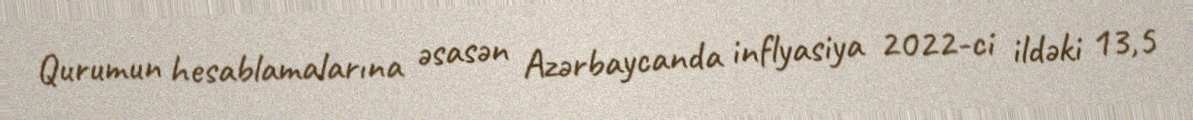
Qurumun hesablamalarına əsasən Azərbaycanda inflyasiya 2022-ci ildəki 13,5